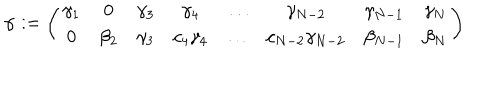
\alpha : = \left( \begin{array} { c c c c c c c c } { { \gamma _ { 1 } } } & { { 0 } } & { { \gamma _ { 3 } } } & { { \gamma _ { 4 } } } & { { \ldots } } & { { \gamma _ { N - 2 } } } & { { \gamma _ { N - 1 } } } & { { \gamma _ { N } } } \\ { { 0 } } & { { \beta _ { 2 } } } & { { \gamma _ { 3 } } } & { { c _ { 4 } \gamma _ { 4 } } } & { { \ldots } } & { { c _ { N - 2 } \gamma _ { N - 2 } } } & { { \beta _ { N - 1 } } } & { { \beta _ { N } } } \\ \end{array} \right)